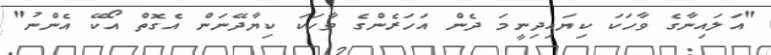
"އަލައިނާގެ ވާހަކަ ކިޔައިދިނީމަ ދެން އަހަރެންގެ ވާހަކަ ކިޔާދޭނަން އެގޮތް އޯކޭ އެންނު"